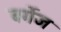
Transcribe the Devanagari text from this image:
बर्गेज